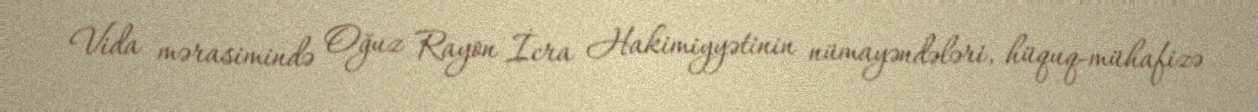
Vida mərasimində Oğuz Rayon İcra Hakimiyyətinin nümayəndələri, hüquq-mühafizə